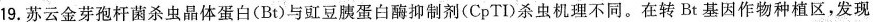
19.苏云金芽孢杆菌杀虫品体蛋白(Bt)与豇豆胰蛋白酶抑制剂(CpTI)杀虫机理不同。在转Bt基因作物种植区，发现